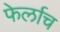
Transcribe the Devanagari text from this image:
फेर्लाच